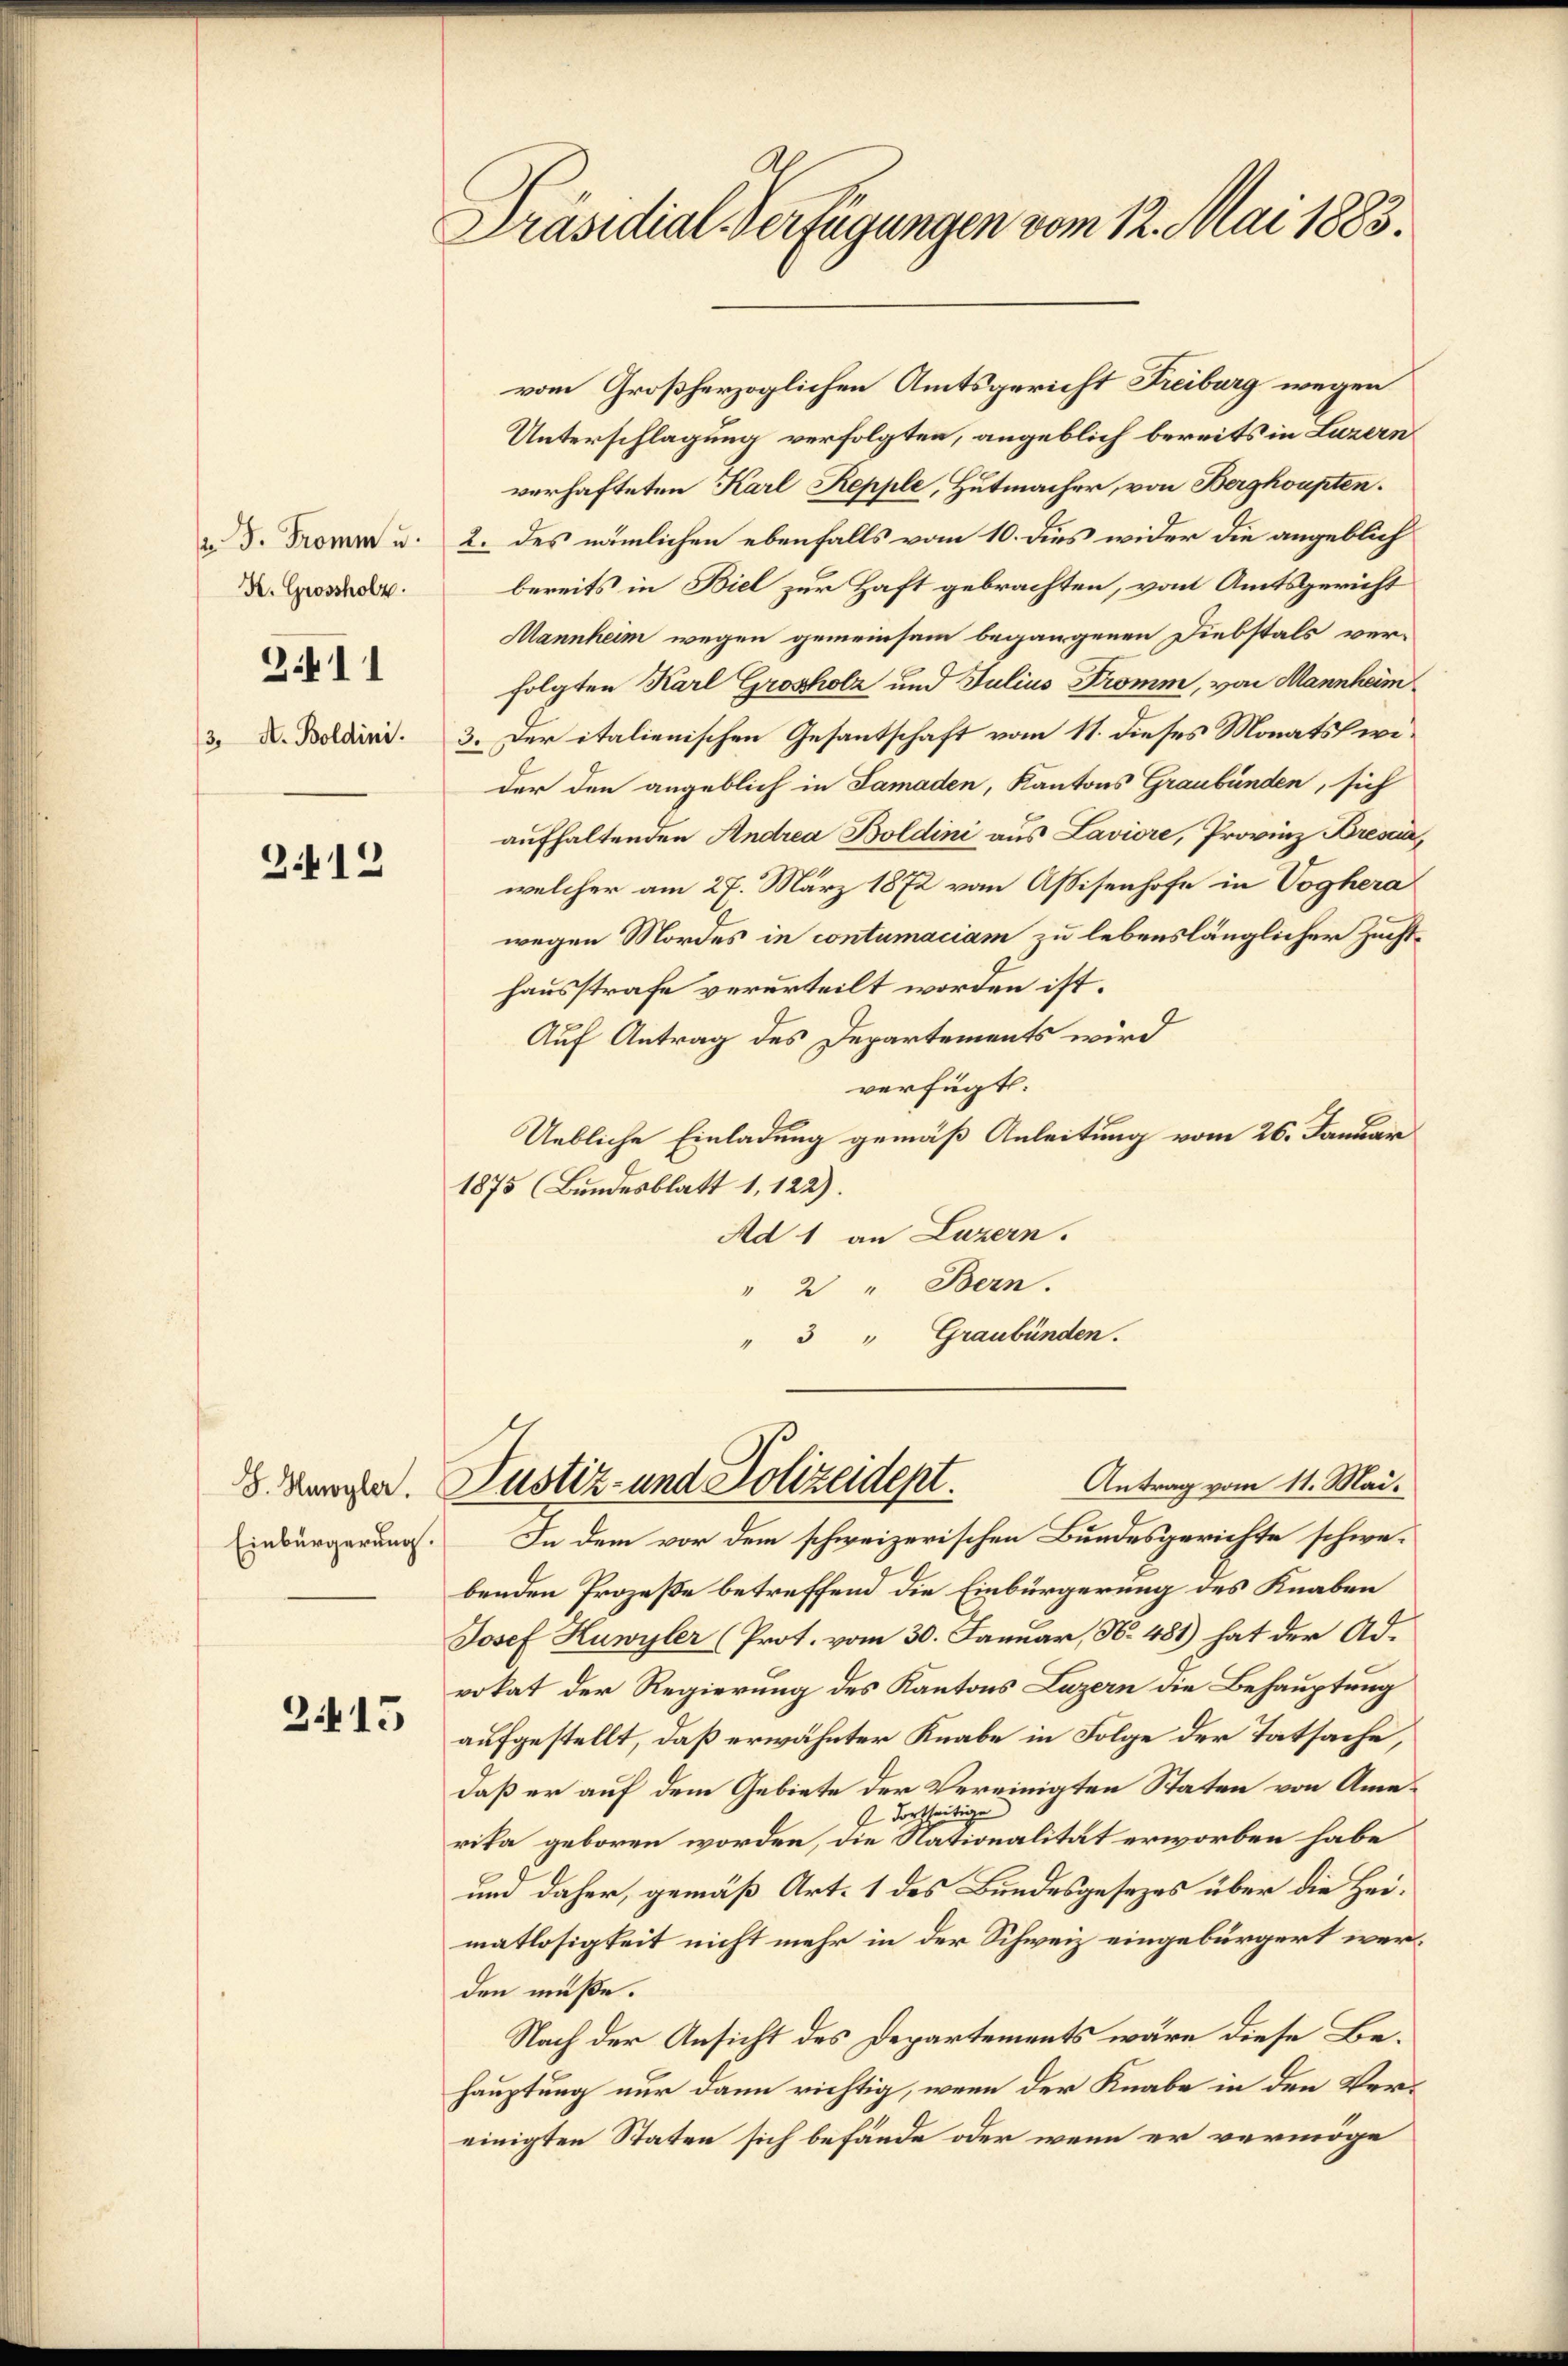
2 J. Tromm u.
K. Grossholz.
2411
(3. A. Boldini.

2.412

J. Huwyler.
Einbürgerung.

3415

Präsidial Verfügungen vom 12. Mai 1883.

Unterschlagung verfolgten, angeblich bereits in Luzern
verhafteten Karl Repple, Hutmacher, von Bergkoupten.
2. des nämlichen ebenfalls vom 10. dies wider die angeblich
bereits in Biel zur Haft gebrachten, von Amtsgericht
Mannheim wegen gemeinsam begangenen Diebstals ver-
folgten Karl Grosholz und Julius Tromm, von Mannheim
3. Der italienischen Gesantschaft vom 11. dieses Monatslwider den angeblich in Samaden, Kantons Graubünden, sich
aufhaltenden Andrea Boldini aus Laviore, Provinz Bresia,
welcher am 27. März 1872 vom Assisenhofe in Voghera
wegen Mordes in contumaciam zu lebenslänglicher Zuchthausstrafe verurteilt worden ist.
Auf Antrag des Departements wird
verfügt:
Uebliche Einladung gemäß Anleitung vom 26. Januar
1875 (Bundesblatt 1, 122).
Ad 1 an Luzern.
" 2 " Bern.
" 3 " Graubünden.

vom Großherzoglichen Amtsgericht Freiburg wegen

Justiz- und Polizeidept.

Antrag vom 11. Mai.
In dem vor dem schweizerischen Bundesgerichte schwebenden Prozeße betreffend die Einbürgerung des Knaben
Josef Huwyler (Prot. vom 30. Januar, N. 481) hat der Ad-
vokat der Regierung des Kantons Luzern die Behauptung
aufgestellt, daß erwähnter Knabe in Folge der Tatsache,
daß er auf dem Gebiete der Vereinigten Staten von Ame¬
 dortheitige
rika geboren worden, die Nationalität erworben habe
und daher, gemäß Art. 1 des Bundesgesezes über die Heimatlosigkeit nicht mehr in der Schweiz eingebürgert werden müße.
Nach der Ansicht des Departements wäre diese Behauptung nur dann richtig, wenn der Knabe in den Vereinigten Staten sich befände oder wenn er vermöge